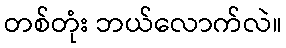
တစ်တုံး ဘယ်လောက်လဲ။